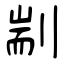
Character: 剬